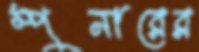
স্পুনারের